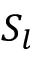
S _ { l }